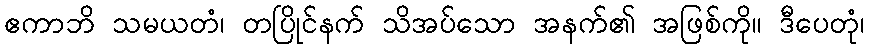
ဧကာဘိ သမယတံ၊ တပြိုင်နက် သိအပ်သော အနက်၏ အဖြစ်ကို။ ဒီပေတုံ၊